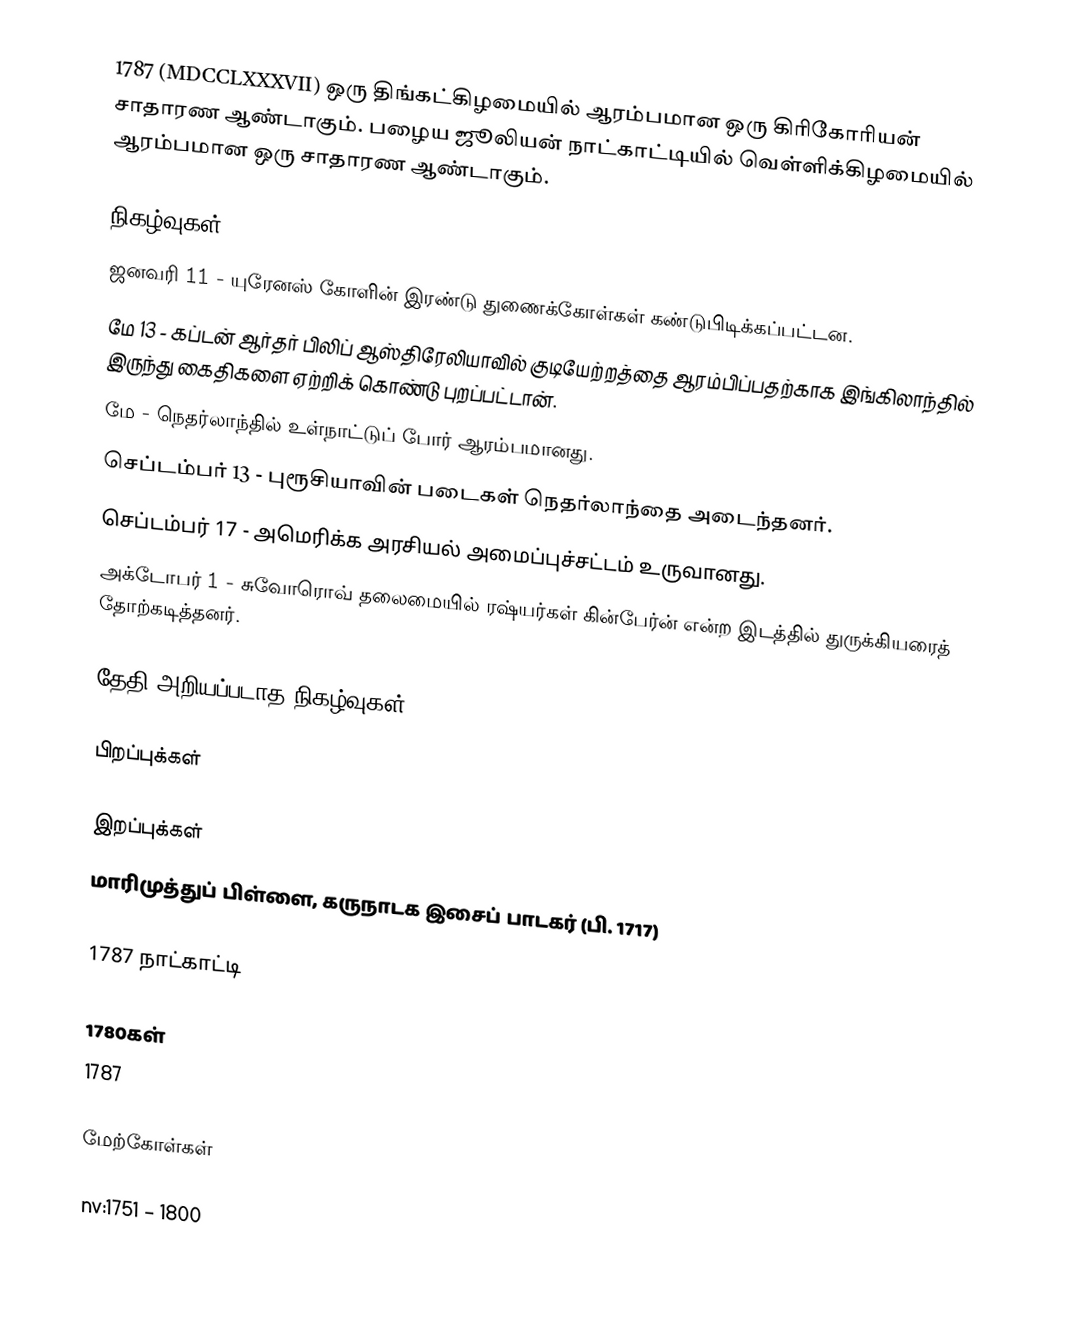
1787 (MDCCLXXXVII) ஒரு திங்கட்கிழமையில் ஆரம்பமான ஒரு கிரிகோரியன் சாதாரண ஆண்டாகும். பழைய ஜூலியன் நாட்காட்டியில் வெள்ளிக்கிழமையில் ஆரம்பமான ஒரு சாதாரண ஆண்டாகும்.

நிகழ்வுகள்
 ஜனவரி 11 - யுரேனஸ் கோளின் இரண்டு துணைக்கோள்கள் கண்டுபிடிக்கப்பட்டன.
 மே 13 - கப்டன் ஆர்தர் பிலிப் ஆஸ்திரேலியாவில் குடியேற்றத்தை ஆரம்பிப்பதற்காக இங்கிலாந்தில் இருந்து கைதிகளை ஏற்றிக் கொண்டு புறப்பட்டான்.
 மே - நெதர்லாந்தில் உள்நாட்டுப் போர் ஆரம்பமானது.
 செப்டம்பர் 13 - புரூசியாவின் படைகள் நெதர்லாந்தை அடைந்தனர்.
 செப்டம்பர் 17 - அமெரிக்க அரசியல் அமைப்புச்சட்டம் உருவானது.
 அக்டோபர் 1 - சுவோரொவ் தலைமையில் ரஷ்யர்கள் கின்பேர்ன் என்ற இடத்தில் துருக்கியரைத் தோற்கடித்தனர்.

தேதி அறியப்படாத நிகழ்வுகள்

பிறப்புக்கள்

இறப்புக்கள்
 மாரிமுத்துப் பிள்ளை, கருநாடக இசைப் பாடகர் (பி. 1717)

1787 நாட்காட்டி

1780கள்
1787

மேற்கோள்கள்

nv:1751 – 1800